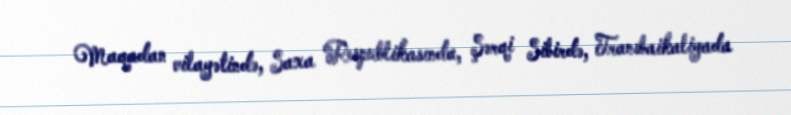
Maqadan vilayətində, Saxa Respublikasında, Şərqi Sibirdə, Transbaikaliyada